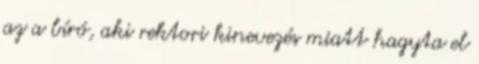
az a bíró, aki rektori kinevezés miatt hagyta el